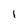
Character: I